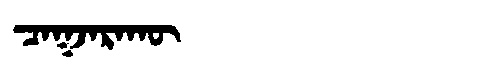
Manchu: ᠴᠠᡴᠵᠠᡵᠠᡴᡡ
Romanization: CAKJARAKŪ